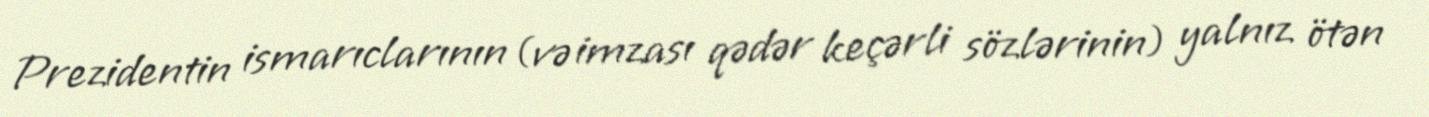
Prezidentin ismarıclarının (və imzası qədər keçərli sözlərinin) yalnız ötən